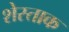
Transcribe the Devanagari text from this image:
शेस्ताक